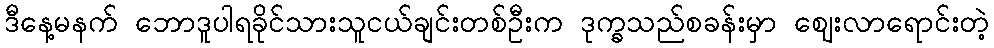
ဒီနေ့မနက် ဘောဒူပါရခိုင်သားသူငယ်ချင်းတစ်ဦးက ဒုက္ခသည်စခန်းမှာ ဈေးလာရောင်းတဲ့